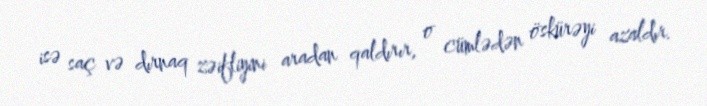
isə saç və dırnaq zəifliyini aradan qaldırır, o cümlədən öskürəyi azaldır.